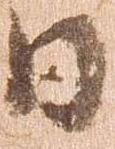
日